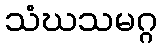
သံဃသမဂ္ဂ